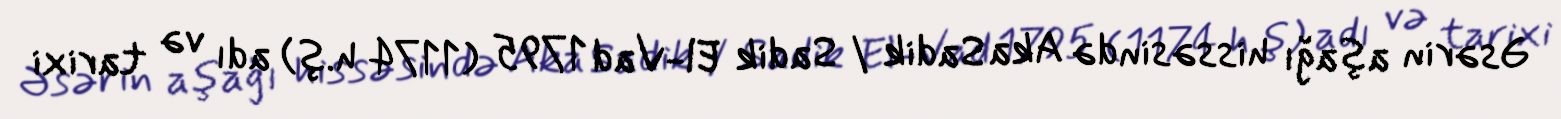
Əsərin aşağı hissəsində Aka Sadik / Sadik El-Vad 1795 (1174 h.ş) adı və tarixi